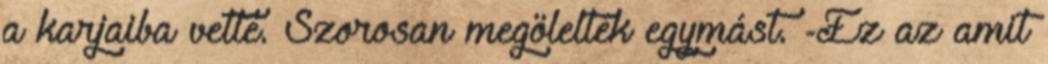
a karjaiba vette. Szorosan megölelték egymást. -Ez az amit